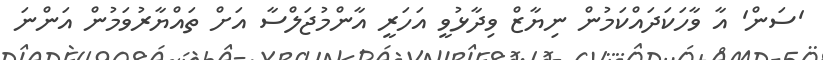
'ސަން' އާ ވާހަކަދައްކަމުން ނިޔާޒް ވިދާޅުވީ އަހަރީ އާންމުޖަަލްސާ އަށް ތައްޔާރުވަމުން އަންނަ